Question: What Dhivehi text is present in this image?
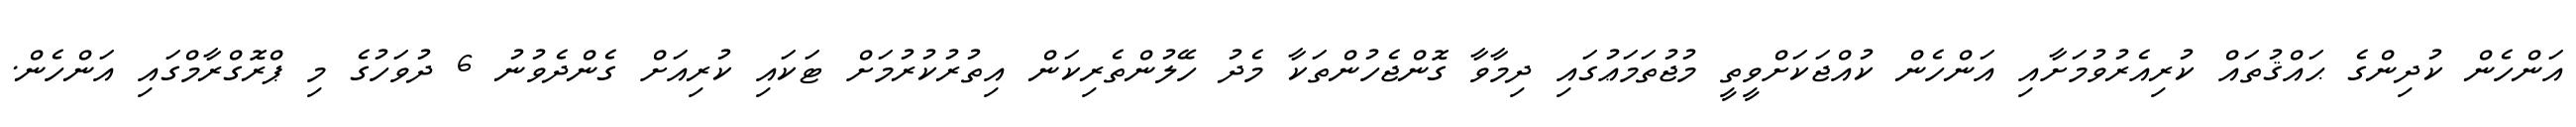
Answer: އަންހެން ކުދިންގެ ޙައްޤުތައް ކުރިއެރުވުމަށާއި އަންހެން ކުއްޖަކަށްވީތީ މުޖުތަމަޢުގައި ދިމާވާ ގޮންޖެހުންތަކާ މެދު ހޭލުންތެރިކަން އިތުރުކުރުމަށް ޓަކައި ކުރިއަށް ގެންދެވުނު 6 ދުވަހުގެ މި ޕްރޮގްރާމްގައި އަންހެން.